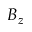
B _ { z }